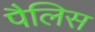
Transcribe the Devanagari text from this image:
पैलिस